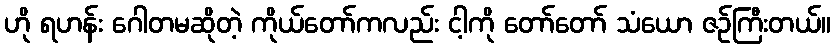
ဟို ရဟန်း ဂေါတမဆိုတဲ့ ကိုယ်တော်ကလည်း ငါ့ကို တော်တော် သံယော ဇဉ်ကြီးတယ်။